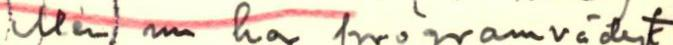
Men nu har programvädert